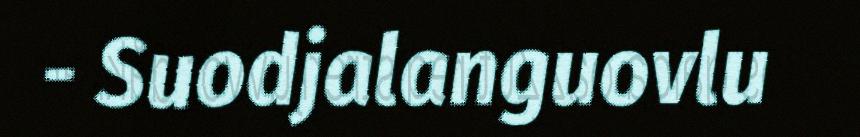
- Suodjalanguovlu